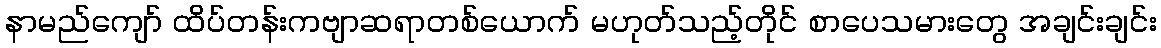
နာမည်ကျော် ထိပ်တန်းကဗျာဆရာတစ်ယောက် မဟုတ်သည့်တိုင် စာပေသမားတွေ အချင်းချင်း